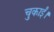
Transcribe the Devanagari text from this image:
चुकाईं।